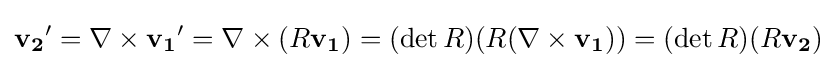
\mathbf {v_{2}} '=\nabla \times \mathbf {v_{1}} '=\nabla \times (R\mathbf {v_{1}} )=(\det R)(R(\nabla \times \mathbf {v_{1}} ))=(\det R)(R\mathbf {v_{2}} )